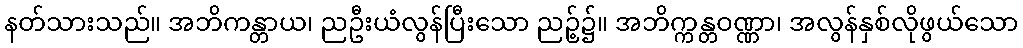
နတ်သားသည်။ အဘိကန္တာယ၊ ညဦးယံလွန်ပြီးသော ညဉ့်၌။ အဘိက္ကန္တဝဏ္ဏာ၊ အလွန်နှစ်လိုဖွယ်သော